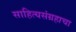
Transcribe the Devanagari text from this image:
साहित्यसंग्रहाचा